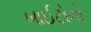
બાઈટોનો